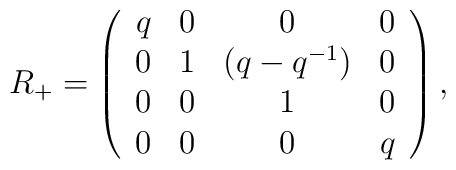
R_+ = \left( \begin{array}{cccc}q & 0 & 0 & 0 \\0 & 1 & (q-q^{-1}) & 0 \\0 & 0 & 1 & 0 \\0 & 0 & 0 & q\end{array}\right),